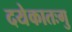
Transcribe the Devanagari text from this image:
दयेकातःगु